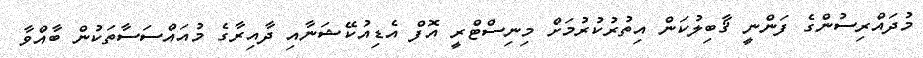
މުދައްރިސުންގެ ފަންނީ ޤާބިލުކަން އިތުރުކުރުމަށް މިނިސްޓްރީ އޮފް އެޑިއުކޭޝަނާއި ދާއިރާގެ މުއައްސަސާތަކުން ބާއްވާ